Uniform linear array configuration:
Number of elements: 48
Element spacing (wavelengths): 0.25
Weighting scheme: hann
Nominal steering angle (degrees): -45
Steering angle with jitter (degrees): -45.267
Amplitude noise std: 0.05
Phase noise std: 0.05

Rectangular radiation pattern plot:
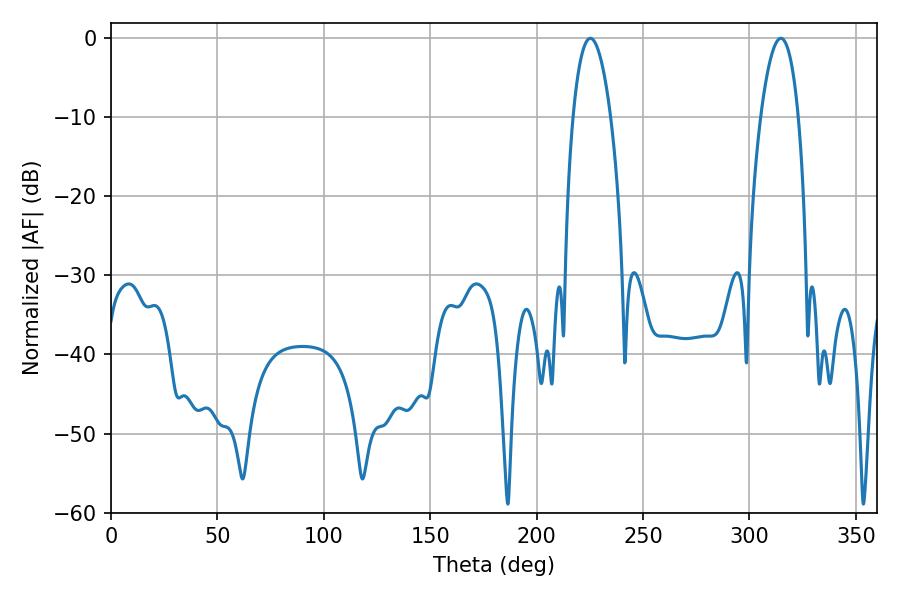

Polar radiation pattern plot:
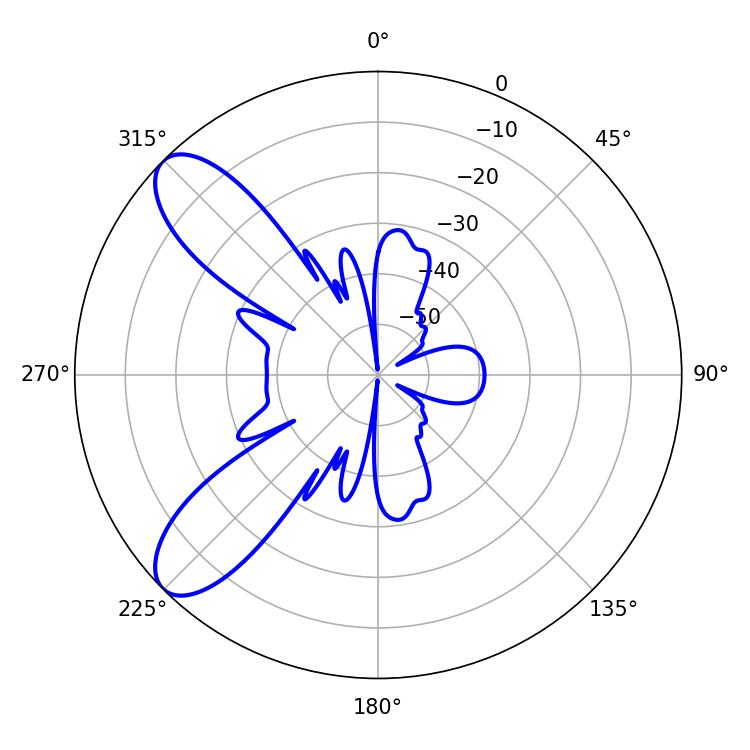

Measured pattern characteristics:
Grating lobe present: FALSE
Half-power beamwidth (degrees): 9.9
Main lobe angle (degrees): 225.18